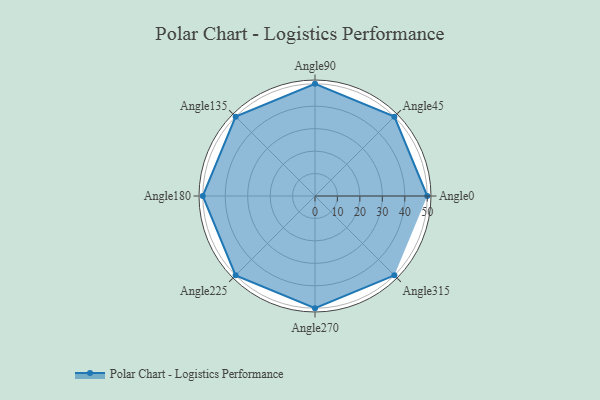
{"axis": {"x": "Angle", "y": "Radius"}, "legend": [""], "data": [{"x": "Angle0", "y": 50, "type": ""}, {"x": "Angle45", "y": 50, "type": ""}, {"x": "Angle90", "y": 50, "type": ""}, {"x": "Angle135", "y": 50, "type": ""}, {"x": "Angle180", "y": 50, "type": ""}, {"x": "Angle225", "y": 50, "type": ""}, {"x": "Angle270", "y": 50, "type": ""}, {"x": "Angle315", "y": 50, "type": ""}]}